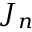
J _ { n }